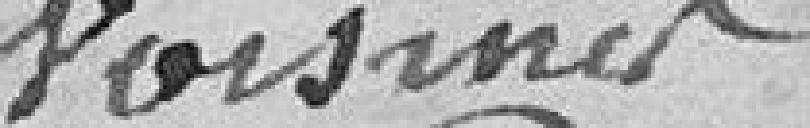
voisines.